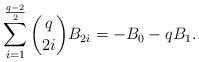
LaTeX: \begin{align*}\sum\limits_{i=1}^{\frac{q-2}{2}}\binom {q} {2i}B_{2i}=-B_{0}-qB_{1}.\end{align*}